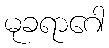
မုခရာဂေါ